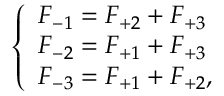
\left\{ \begin{array} { l l } { F _ { - 1 } = F _ { + 2 } + F _ { + 3 } } \\ { F _ { - 2 } = F _ { + 1 } + F _ { + 3 } } \\ { F _ { - 3 } = F _ { + 1 } + F _ { + 2 } , } \end{array} \right.